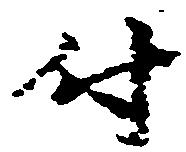
付